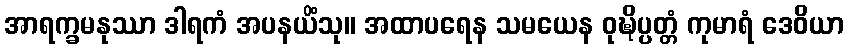
အာရက္ခမနုဿာ ဒါရကံ အပနယိံသု။ အထာပရေန သမယေန ဝုဍ္ဎိပ္ပတ္တံ ကုမာရံ ဒေဝိယာ